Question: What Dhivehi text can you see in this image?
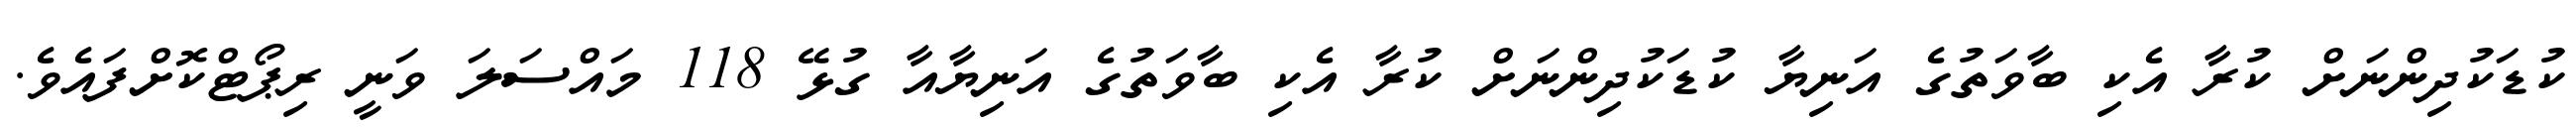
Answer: ކުޑަކުދިންނަށް ކުރާ އެކި ބާވަތުގެ އަނިޔާ ކުޑަކުދިންނަށް ކުރާ އެކި ބާވަތުގެ އަނިޔާއާ ގުޅޭ 118 މައްސަލަ ވަނީ ރިޕޯޓްކޮށްފައެވެ.